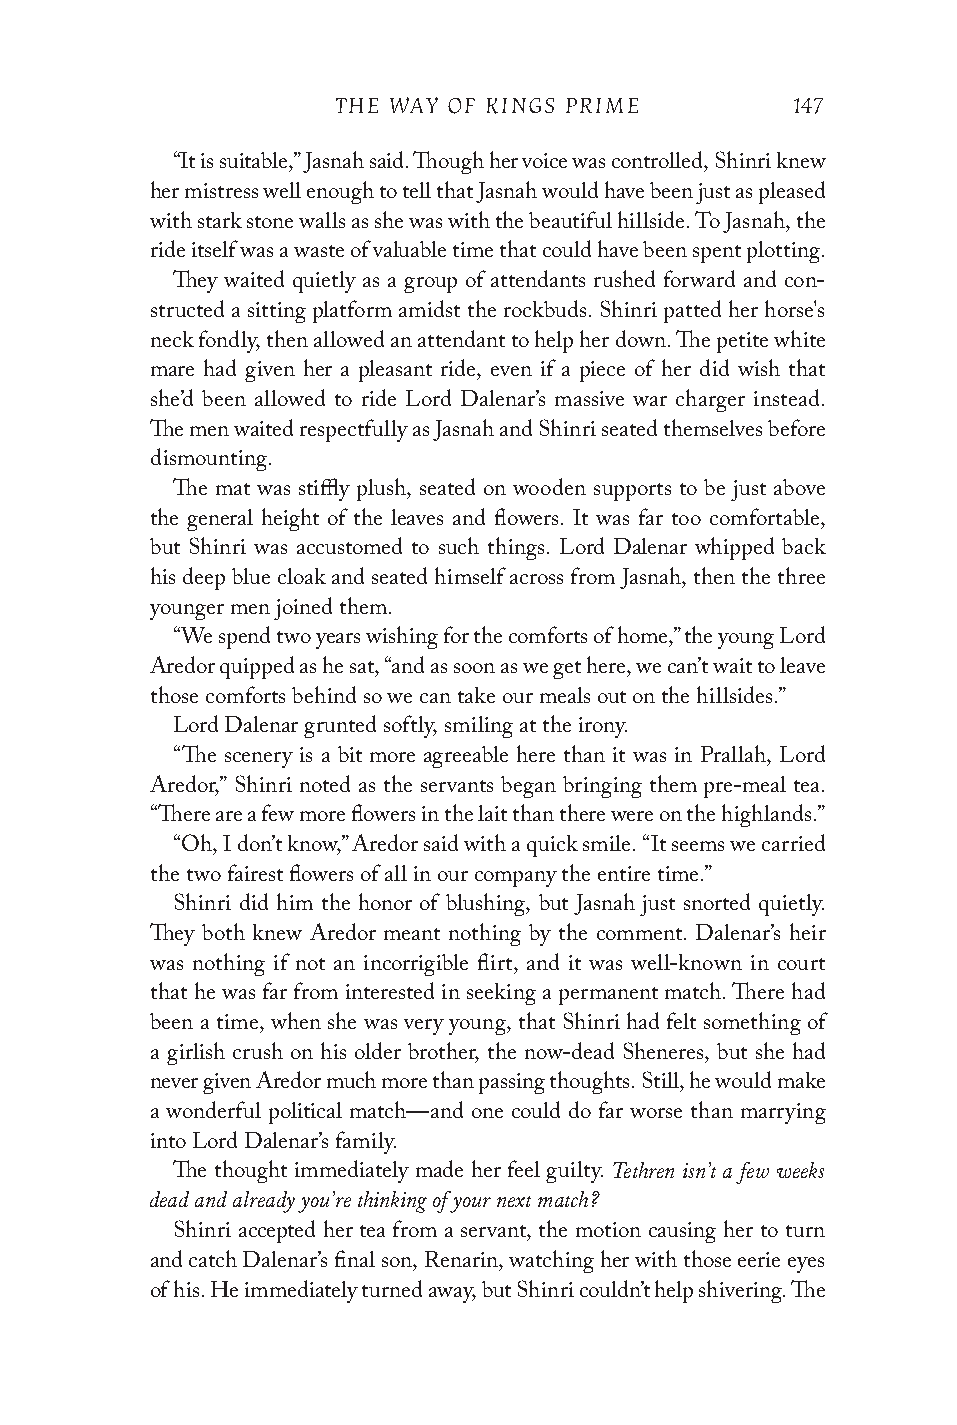
THE WAY OF KINGS PRIME        147
 “It is suitable,” Jasnah said. Though her voice was controlled, Shinri knew
 her mistress well enough to tell that Jasnah would have been just as pleased
 with stark stone walls as she was with the beautiful hillside. To Jasnah, the
 ride itself was a waste of valuable time that could have been spent plotting.
 They waited quietly as a group of attendants rushed forward and con-
 structed a sitting platform amidst the rockbuds. Shinri patted her horse's
 neck fondly, then allowed an attendant to help her down. The petite white
 mare had given her a pleasant ride, even if a piece of her did wish that
 she’d been allowed to ride Lord Dalenar’s massive war charger instead.
 The men waited respectfully as Jasnah and Shinri seated themselves before
 dismounting.
 The mat was stiffly plush, seated on wooden supports to be just above
 the general height of the leaves and flowers. It was far too comfortable,
 but Shinri was accustomed to such things. Lord Dalenar whipped back
 his deep blue cloak and seated himself across from Jasnah, then the three
 younger men joined them.
 “We spend two years wishing for the comforts of home,” the young Lord
 Aredor quipped as he sat, “and as soon as we get here, we can’t wait to leave
 those comforts behind so we can take our meals out on the hillsides.”
 Lord Dalenar grunted softly, smiling at the irony.
 “The scenery is a bit more agreeable here than it was in Prallah, Lord
 Aredor,” Shinri noted as the servants began bringing them pre-meal tea.
 “There are a few more flowers in the lait than there were on the highlands.”
 “Oh, I don’t know,” Aredor said with a quick smile. “It seems we carried
 the two fairest flowers of all in our company the entire time.”
 Shinri did him the honor of blushing, but Jasnah just snorted quietly.
 They both knew Aredor meant nothing by the comment. Dalenar’s heir
 was nothing if not an incorrigible flirt, and it was well-known in court
 that he was far from interested in seeking a permanent match. There had
 been a time, when she was very young, that Shinri had felt something of
 a girlish crush on his older brother, the now-dead Sheneres, but she had
 never given Aredor much more than passing thoughts. Still, he would make
 a wonderful political match—and one could do far worse than marrying
 into Lord Dalenar’s family.
 Tethren isn’t a few weeks
 The thought immediately made her feel guilty.
 dead and already you’re thinking of your next match?
 Shinri accepted her tea from a servant, the motion causing her to turn
 and catch Dalenar’s final son, Renarin, watching her with those eerie eyes
 of his. He immediately turned away, but Shinri couldn’t help shivering. The